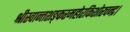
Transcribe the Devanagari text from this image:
श्रीस्वान्तशङ्करमहोरकिशोरचन्द्र।